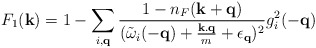
\begin{align*}F_{1}({\bf{k}}) = 1 - \sum_{ i, {\bf{q}} }\frac{ 1 - n_{F}({\bf{k}} + {\bf{q}}) }{({\tilde{\omega}}_{i}(-{\bf{q}}) + \frac{ {\bf{k.q}} }{m} + \epsilon_{ {\bf{q}} })^{2} }g^{2}_{i}(-{\bf{q}})\end{align*}